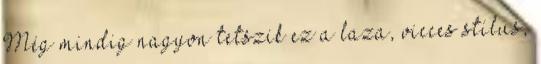
Még mindig nagyon tetszik ez a laza, vicces stílus,